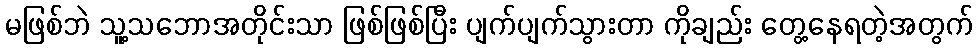
မဖြစ်ဘဲ သူ့သဘောအတိုင်းသာ ဖြစ်ဖြစ်ပြီး ပျက်ပျက်သွားတာ ကိုချည်း တွေ့နေရတဲ့အတွက်